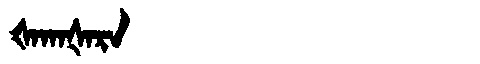
Manchu: ᡧᠠᡴᠠᡧᠠᡵᠠ
Romanization: ŠAKAŠARA